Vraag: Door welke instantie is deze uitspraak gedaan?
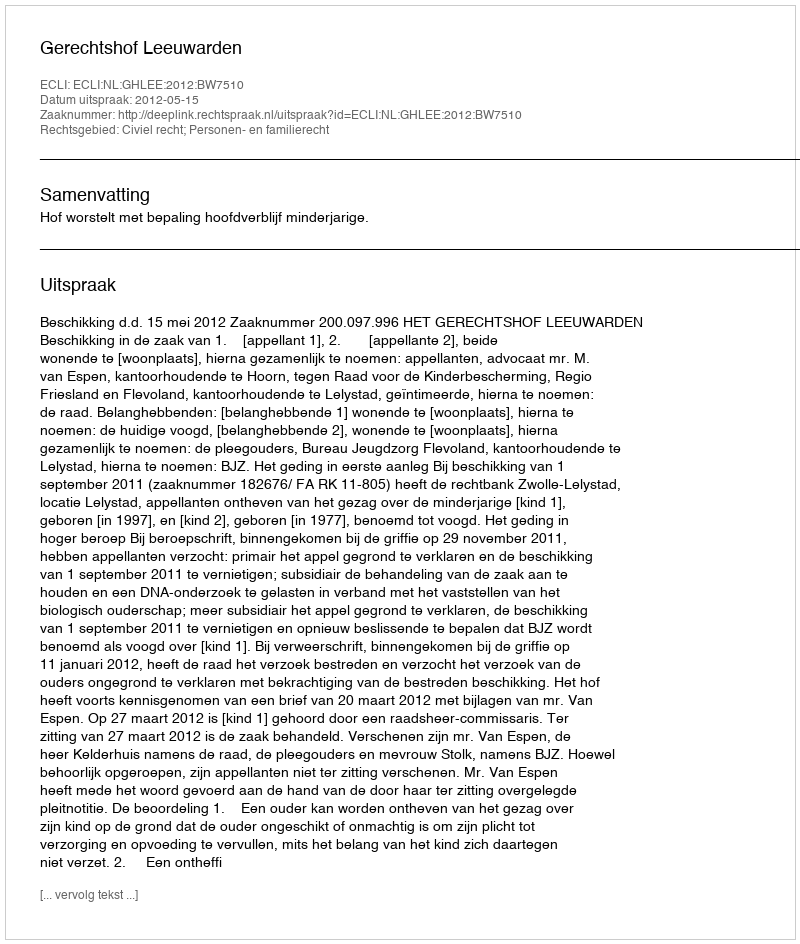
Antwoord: Gerechtshof Leeuwarden